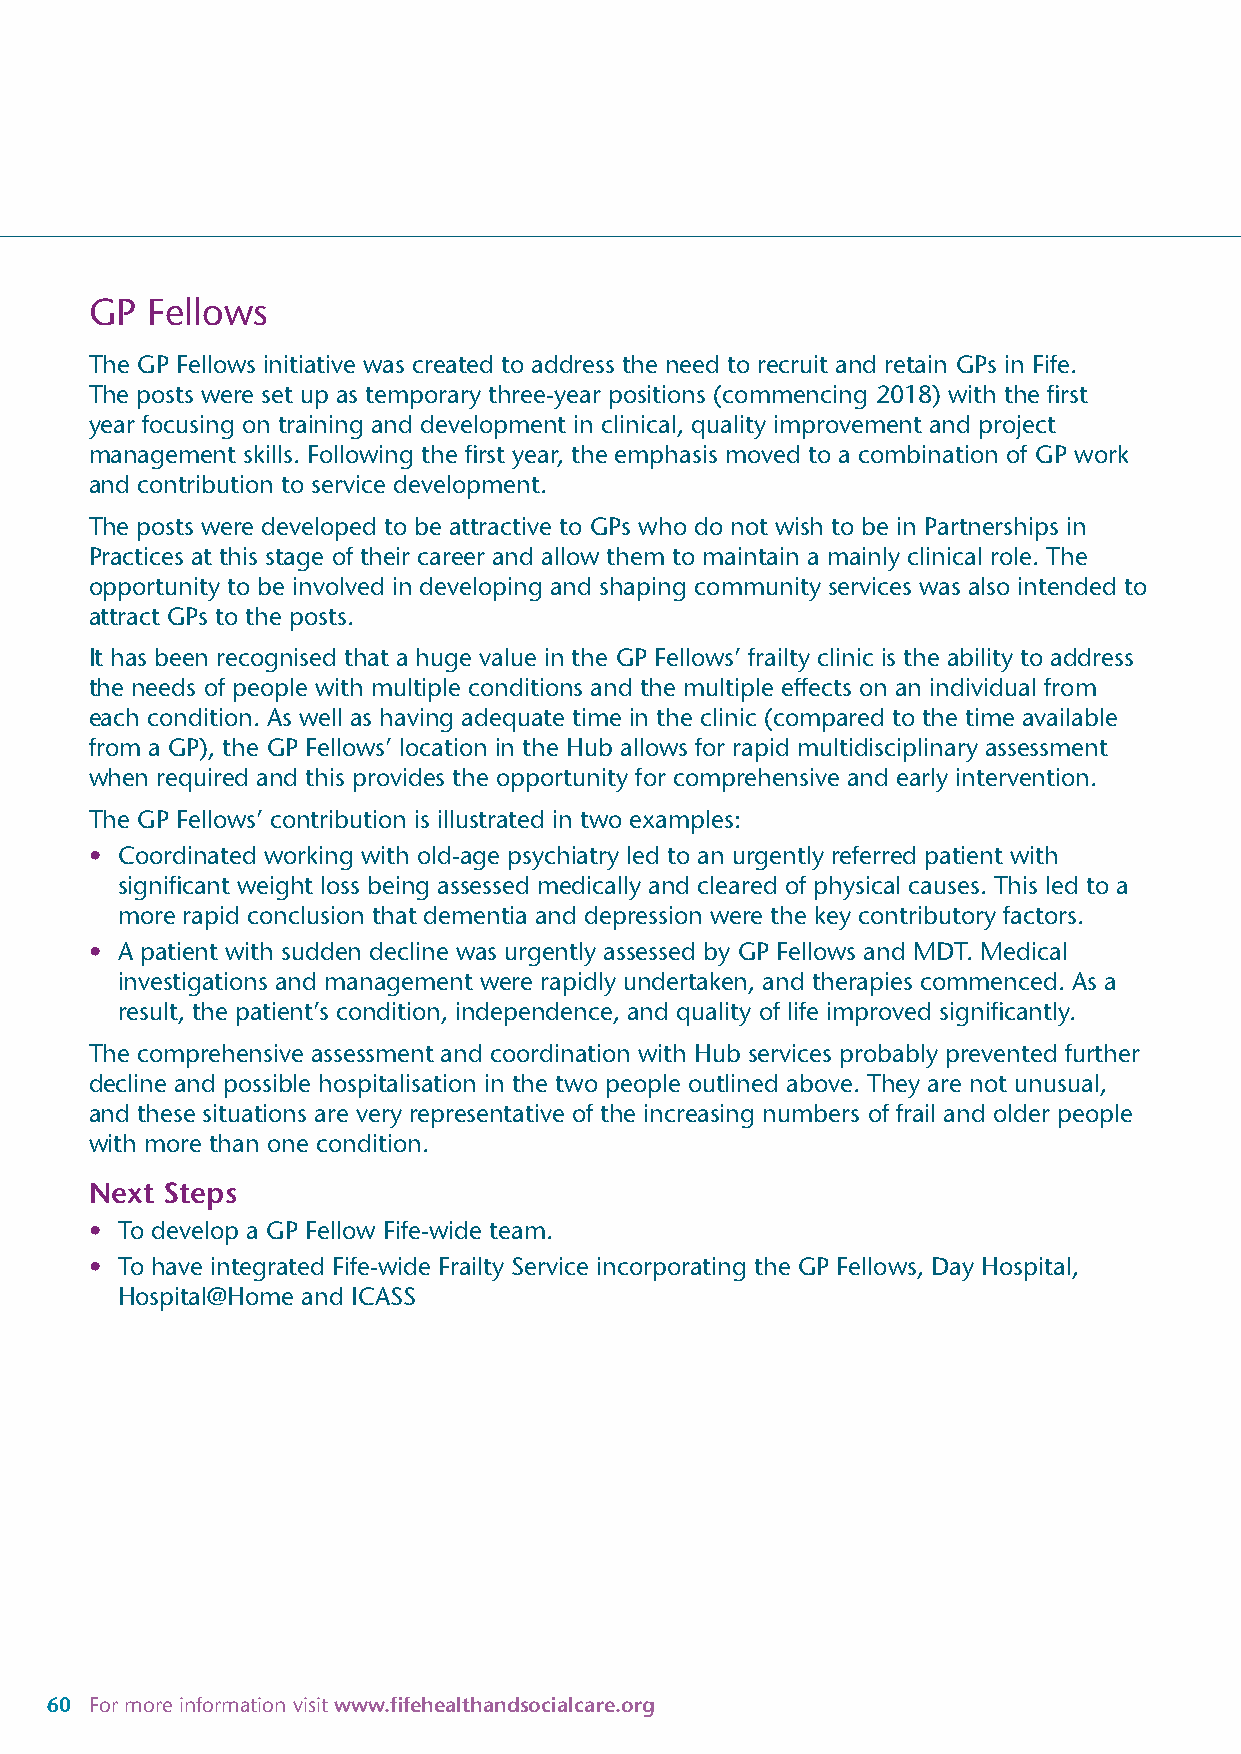
GP  Fellows
 The GP Fellows initiative was created to address the need to recruit and retain GPs in Fife.
 The posts were set up as temporary three-year positions (commencing 2018) with the first
 year focusing on training and development in clinical, quality improvement and project
 management skills. Following the first year, the emphasis moved to a combination of GP work
 and contribution to service development.
 The posts were developed to be attractive to GPs who do not wish to be in Partnerships in
 Practices at this stage of their career and allow them to maintain a mainly clinical role. The
 opportunity to be involved in developing and shaping community services was also intended to
 attract GPs to the posts.
 It has been recognised that a huge value in the GP Fellows’ frailty clinic is the ability to address
 the needs of people with multiple conditions and the multiple effects on an individual from
 each condition. As well as having adequate time in the clinic (compared to the time available
 from a GP), the GP Fellows’ location in the Hub allows for rapid multidisciplinary assessment
 when required and this provides the opportunity for comprehensive and early intervention.
 The GP Fellows’ contribution is illustrated in two examples:
 • Coordinated working with old-age psychiatry led to an urgently referred patient with
 significant weight loss being assessed medically and cleared of physical causes. This led to a
 more rapid conclusion that dementia and depression were the key contributory factors.
 • A patient with sudden decline was urgently assessed by GP Fellows and MDT. Medical
 investigations and management were rapidly undertaken, and therapies commenced. As a
 result, the patient’s condition, independence, and quality of life improved significantly.
 The comprehensive assessment and coordination with Hub services probably prevented further
 decline and possible hospitalisation in the two people outlined above. They are not unusual,
 and these situations are very representative of the increasing numbers of frail and older people
 with more than one condition.
 Next Steps
 • To develop a GP Fellow Fife-wide team.
 • To have integrated Fife-wide Frailty Service incorporating the GP Fellows, Day Hospital,
 Hospital@Home and ICASS
 60 For more information visit www.fifehealthandsocialcare.org